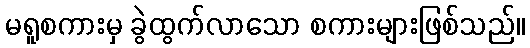
မရူစကားမှ ခွဲထွက်လာသော စကားများဖြစ်သည်။